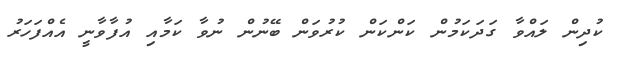
ކުދިން ލައްވާ ގަދަކަމުން ކަންކަން ކުރުވަން ބޭނުން ނުވާ ކަމާއި އުފާވާނީ އެއްފަހަރު